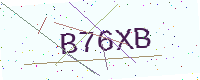
Text: B76XB